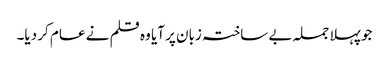
جو پہلا جملہ بے ساختہ زبان پر آیا وہ قلم نے عام کر دیا۔